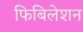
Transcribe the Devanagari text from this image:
फिबिलेशन